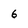
Character: 6